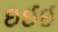
ઇઈઈ